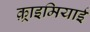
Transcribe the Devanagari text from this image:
क़्राइमियाई